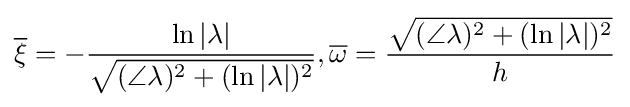
{\overline {\xi }}=-{\frac {\ln |\lambda |}{\sqrt {(\angle \lambda )^{2}+(\ln |\lambda |)^{2}}}},{\overline {\omega }}={\frac {\sqrt {(\angle \lambda )^{2}+(\ln |\lambda |)^{2}}}{h}}